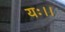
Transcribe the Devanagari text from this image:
यः।।